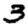
Digit: 3